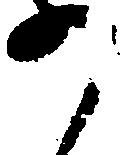
か